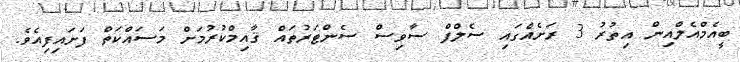
ބީއެމްއެލްއިން އިތުރު 3 ރަށެއްގައި ސެލްފް ސާވިސް ސެންޓަރުތައް ޤާއިމްކުރުމަށް މަސައްކަތް ފަށައިފިއެވެ.